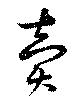
賣